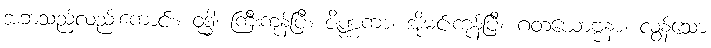
အဘသည်လည်းကောင်း။ ဝုဒ္ဓါ၊ ကြီးကုန်ပြီ။ ဇိဏ္ဏကာ၊ အိုမင်းကုန်ပြီ။ ဂတယောဗ္ဗနာ၊ လွန်သော